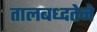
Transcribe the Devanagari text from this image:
तालबध्दतेने